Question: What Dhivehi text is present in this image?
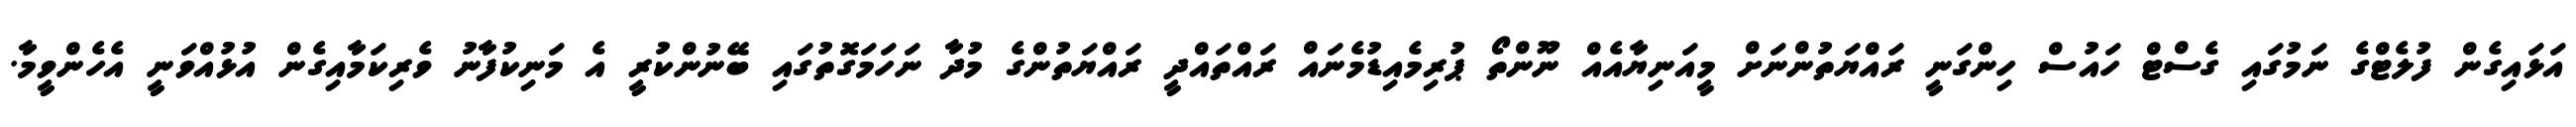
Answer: އަޅައިގެން ފުލެޓްގެ ނަމުގައި ގެސްޓް ހައުސް ހިންގަނީ ރައްޔަތުންނަށް މީއަނިޔާއެއް ނޫންތޯ ޕުރިމެއިޑުމެނައް ރައްތައްދީ ރައްޔަތުންގެ މުދާ ނަހަމަގޮތުގައި ބޭނުންކުރީ އެ މަނިކުފާނު ވެރިކަމާއިގެން އުޅުއްވަނީ އެހެންވީމާ.